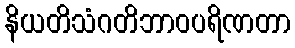
နိယတိသံဂတိဘာဝပရိဏတာ